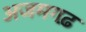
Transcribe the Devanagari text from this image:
अजमगढ़